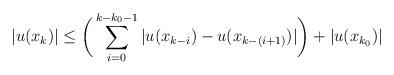
LaTeX: \begin{align*}\vert u(x_k)\vert \leq\bigg(\sum_{i=0}^{k-k_0-1}\vert u(x_{k-i})-u(x_{k-(i+1)})\vert\bigg)+\vert u(x_{k_0})\vert\end{align*}